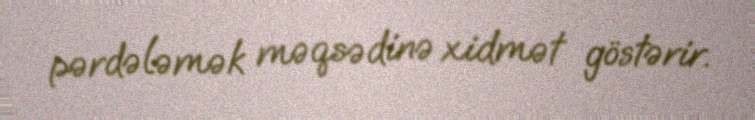
pərdələmək məqsədinə xidmət göstərir.